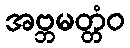
အဗ္ဘမတ္တံဝ